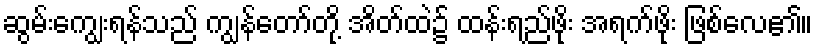
ဆွမ်းကျွေးရန်သည် ကျွန်တော်တို့ အိတ်ထဲ၌ ထန်းရည်ဖိုး အရက်ဖိုး ဖြစ်လေ၏။